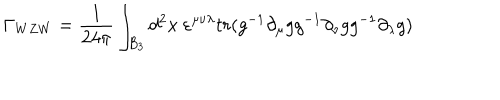
\Gamma _ { W Z W } = { \frac { 1 } { 2 4 \pi } } \int _ { B _ { 3 } } d ^ { 2 } x \ \varepsilon ^ { \mu \nu \lambda } { t r ( g ^ { - 1 } \partial _ { \mu } g g ^ { - 1 } \partial _ { \nu } g g ^ { - 1 } \partial _ { \lambda } g ) }